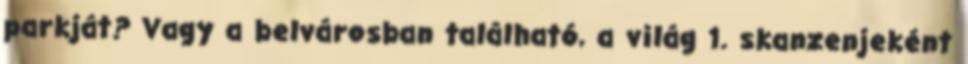
parkját? Vagy a belvárosban található, a világ 1. skanzenjeként